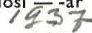
1937